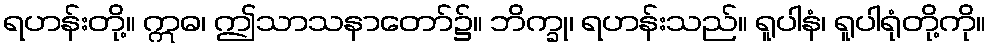
ရဟန်းတို့။ ဣဓ၊ ဤသာသနာတော်၌။ ဘိက္ခု၊ ရဟန်းသည်။ ရူပါနံ၊ ရူပါရုံတို့ကို။